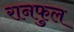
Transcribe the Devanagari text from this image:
रानफुल